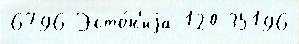
6796 Эсто́н'иjа 120 35196